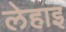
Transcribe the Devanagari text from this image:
लेहाइ